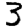
Digit: 3